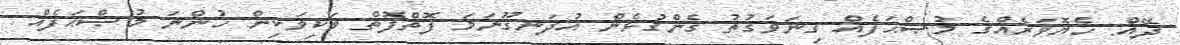
ދޭއް: ހެޔޮވަރެއްގެ މުޞްޙަފެއް ގިނަވަގުތު ގެންގުޅެން އުދަނގޫނަމަ ފޮތްފޮތް ވަކިވަކިން ހުންނަ މުޞްޙަފެއް